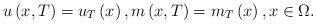
LaTeX: \begin{align*}u\left( x,T\right) =u_{T}\left( x\right) ,m\left( x,T\right)=m_{T}\left( x\right) ,x\in \Omega . \end{align*}